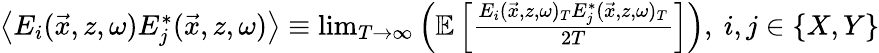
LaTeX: \begin{array}{r}{\left\langle E_{i}(\vec{x},z,\omega)E_{j}^{*}(\vec{x},z,\omega)\right\rangle\equiv\operatorname*{lim}_{T\rightarrow\infty}\left(\mathbb{E}\left[\frac{E_{i}(\vec{x},z,\omega)_{T}E_{j}^{*}(\vec{x},z,\omega)_{T}}{2T}\right]\right),~i,j\in\{ X,Y\} }\end{array}